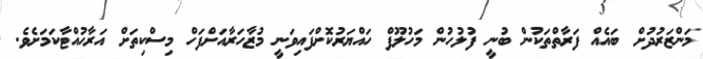
މަންޒަރުދުށް ބައެއް ފަރާތްތަކުން ބުނީ ފުލުހުން މަހުލޫފް ހައްޔަރުކޮށްފައިވަނީ މުޒާހަރާއަށްފަހް މިސްކިތަށް އަރާހުއްޓާކަމަށެވެ.